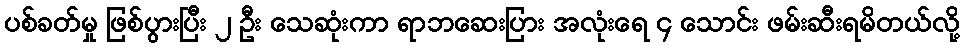
ပစ်ခတ်မှု ဖြစ်ပွားပြီး ၂ ဦး သေဆုံးကာ ရာဘဆေးပြား အလုံးရေ ၄ သောင်း ဖမ်းဆီးရမိတယ်လို့